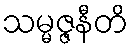
သမ္မဇ္ဇနီတိ